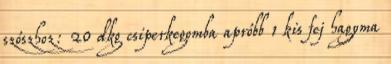
szószhoz: 20 dkg csiperkegomba apróbb 1 kis fej hagyma